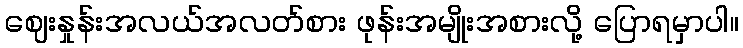
ဈေးနှုန်းအလယ်အလတ်စား ဖုန်းအမျိုးအစားလို့ ပြောရမှာပါ။